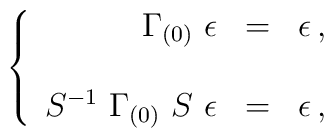
\left\{\begin{array}{rcl}\Gamma_{(0)}\ \epsilon & = &\epsilon\, ,\\& & \\S^{-1}\ \Gamma_{(0)}\ S\ \epsilon  & = & \epsilon\, ,\end{array}\right.